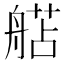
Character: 𬜗